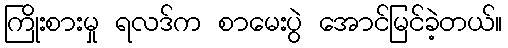
ကြိုးစားမှု ရလဒ်က စာမေးပွဲ အောင်မြင်ခဲ့တယ်။